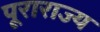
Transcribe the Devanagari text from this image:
पूराराज्य